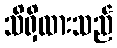
သိရှိထားသည်